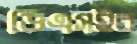
ডিএসইর